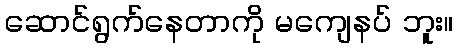
ဆောင်ရွက်နေတာကို မကျေနပ် ဘူး။